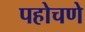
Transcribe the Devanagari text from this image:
पहोचणे